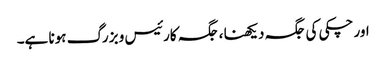
اور چکی کی جگہ دیکھنا ، جگہ کارئیس و بزرگ ہونا ہے۔